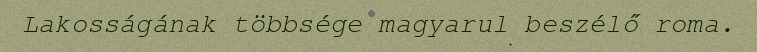
Lakosságának többsége magyarul beszélő roma.